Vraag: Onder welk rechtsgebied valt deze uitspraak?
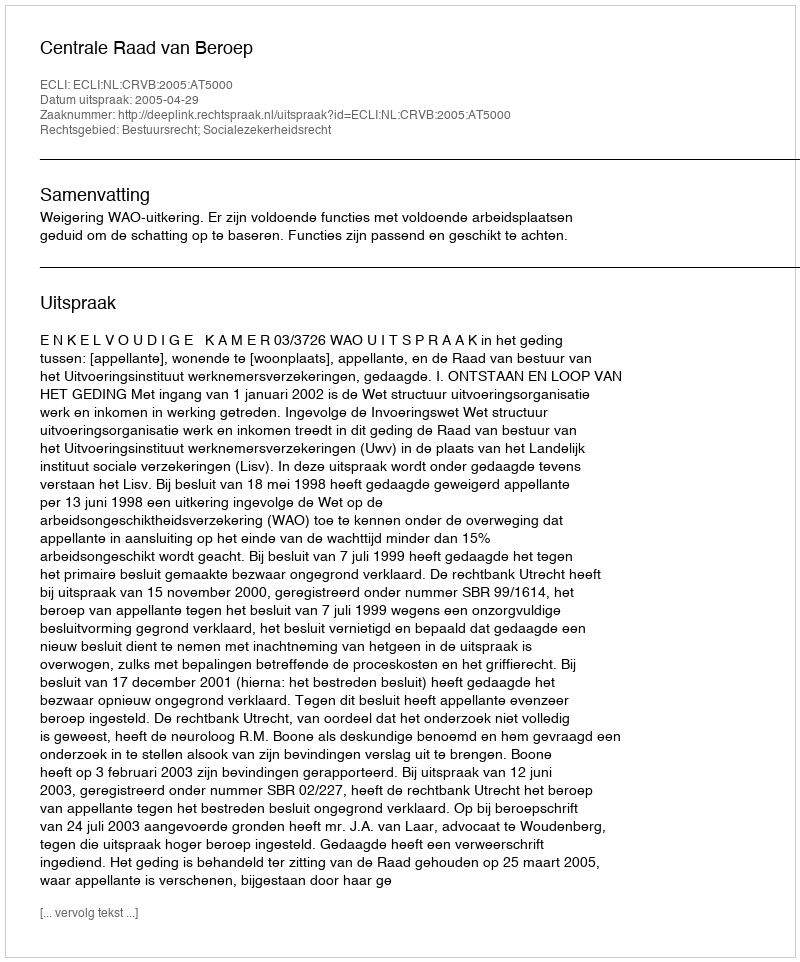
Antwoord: Bestuursrecht; Socialezekerheidsrecht